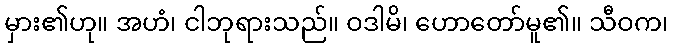
မှား၏ဟု။ အဟံ၊ ငါဘုရားသည်။ ဝဒါမိ၊ ဟောတော်မူ၏။ သီဝက၊